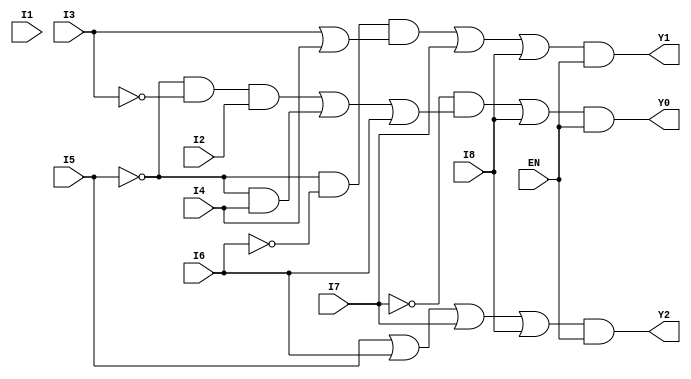
`timescale 1ns / 1ps
//////////////////////////////////////////////////////////////////////////////////
// Company: 
// Engineer: 
// 
// Design Name: 
// Module Name:    priorityencoder3x8 
// Project Name: 
// Target Devices: 
// Tool versions: 
// Description: 
//
// Dependencies: 
//
// Revision: 
// Revision 0.01 - File Created
// Additional Comments: 
//
//////////////////////////////////////////////////////////////////////////////////
module priorityencoder3x8(
    input EN,
    input I1,
    input I2,
    input I3,
    input I4,
    input I5 ,
    input I6,
    input I7,
    input I8,
    output Y2,
    output Y1,
    output Y0
    );
	 
	 assign Y2 = ( I5|I6|I7|I8 ) & EN;
	 assign Y1 = ( ((~I5)&(~I6)&(I3|I4))|I7|I8) & EN;
	 assign Y0 = ( ( (~I7)&( ((~I5)&(~I3)&I2) | ((~I5)&I4) | I6) ) | I8 ) & EN;

endmodule